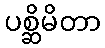
ပစ္ဆိမိတာ